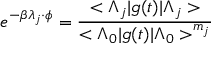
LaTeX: e ^ { - \beta \lambda _ { j } \cdot \phi } = \frac { < \Lambda _ { j } | g ( t ) | \Lambda _ { j } > } { < \Lambda _ { 0 } | g ( t ) | \Lambda _ { 0 } > ^ { m _ { j } } }